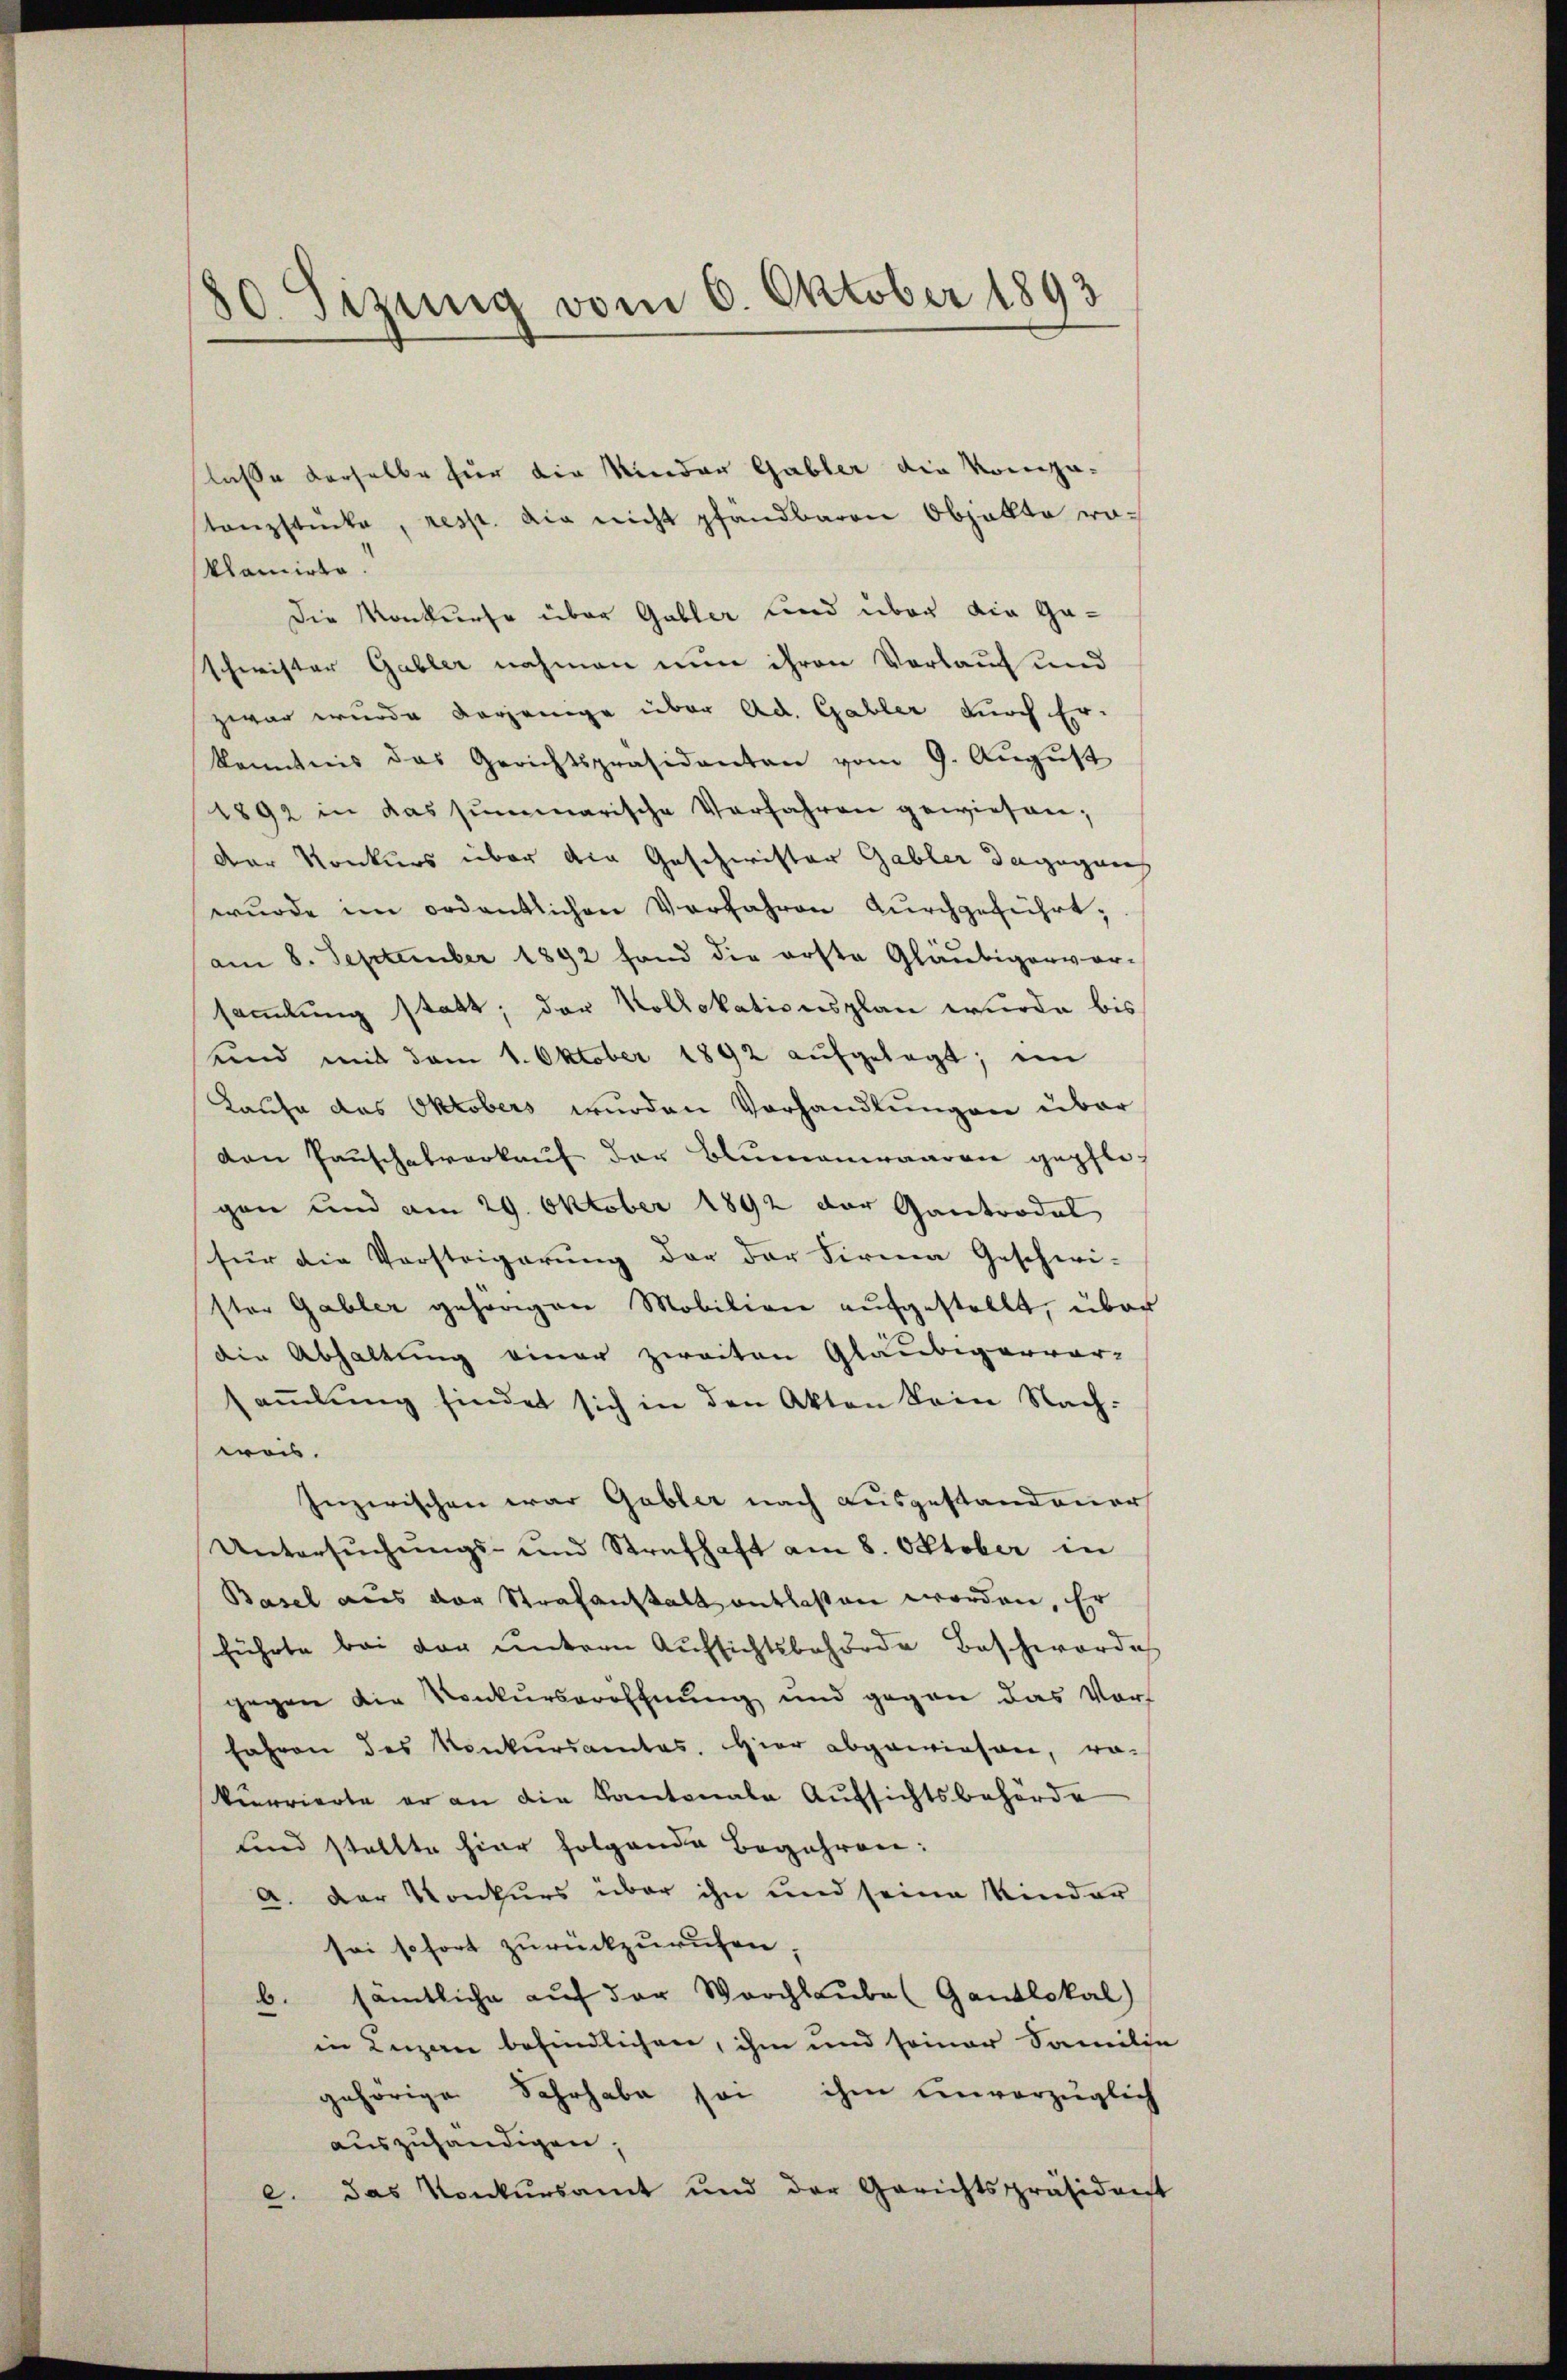
80. Sizung vom 6. Oktober 1893

lasse derselbe für die Minder Gabler die Kompo-
stanzstücke, resp. die nicht pfandbaren Objallta roklamirte.
Die Konkurse über Gabler und über die Gaschwister Gabler nahmen nun ihren Vorlauf und
zwar wurde derjenige über Ad. Gabler durch Er-
kenntnis das Gerichtspräsidenten vom 9. August
1892 in das summarische Verfahren gewiesen;
der Konkurs über die Geschwister Gabler dagegenh
wurde im ordentlichen Verfahren durchgeführt;
am 8. September 1892 fand die erste Gläubiger vor-
samlung statt; der Kollokationsplan wurde bis
und mit vom 1. Oktober 1892 aufgelegt; in
Laufe das Oktobers wurden Vorhandlungen über
dan Pauschatverkauf der Blumenwaaren gepfligen und am 29. Oktober 1892 der Gantrodel
für die Vorsteigerung der der Firma Geschwi-
ster Gabler gehörigen Mobilien aufgestellt, über
die Abhaltung einer zweiten Gläubigervor-
saṁlŭng findet sich in den Akten kein Nachwes.
Inzerischen war Gabler nach Ausgestandener
Untersŭchŭngs- und Strafhaft am 8. Oktober in
Basel aus der Strafanstalt entlaßen worden. Er
führte bei der untern Aufsichtsbehörde Beschwerde
gegen die Konkurseröffnung und gegen das Vorfahren des Konkŭrsamtes. Hier abgewiesen, ro-
kurrierte er an die Kantonale Aufsichtsbehörde
und stellte hier folgende Begehren:
a. Der Konkurs über ihn und seine Kinder
sei sofort zurückzuruhen.
b. sämtliche auf der Worchlaube (Gantlokal)
in Luzern befindlichen, ihm und seiner Samilie
gehörige Fahrhabe sei ihm envorzüglich
auszuhändigen,
e. das Konkŭrsamt und der Gerichtspräsident